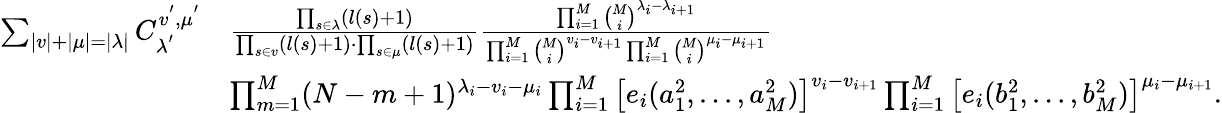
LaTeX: \begin{array}{rl}{\sum_{|v|+|\mu|=|\lambda|}C_{\lambda^{'}}^{v^{'},\mu^{'}}}&{\frac{\prod_{s\in\lambda}(l(s)+1)}{\prod_{s\in v}(l(s)+1)\cdot\prod_{s\in\mu}(l(s)+1)}\frac{\prod_{i=1}^{M}\binom{M}{i}^{\lambda_{i}-\lambda_{i+1}}}{\prod_{i=1}^{M}\binom{M}{i}^{v_{i}-v_{i+1}}\prod_{i=1}^{M}\binom{M}{i}^{\mu_{i}-\mu_{i+1}}}}\\ &{\prod_{m=1}^{M}(N-m+1)^{\lambda_{i}-v_{i}-\mu_{i}}\prod_{i=1}^{M}\left[e_{i}(a_{1}^{2},...,a_{M}^{2})\right]^{v_{i}-v_{i+1}}\prod_{i=1}^{M}\left[e_{i}(b_{1}^{2},...,b_{M}^{2})\right]^{\mu_{i}-\mu_{i+1}}.}\end{array}